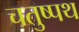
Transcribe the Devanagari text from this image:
चतुष्पथ